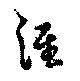
涯